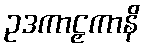
ဥဒကာဠှကာနိ